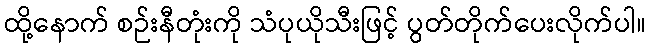
ထို့နောက် စဉ်းနီတုံးကို သံပုယိုသီးဖြင့် ပွတ်တိုက်ပေးလိုက်ပါ။